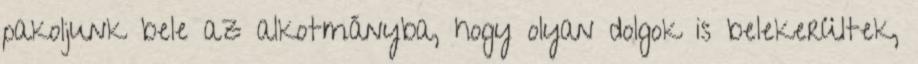
pakoljunk bele az alkotmányba, hogy olyan dolgok is belekerültek,